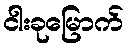
ငါးခုမြောက်